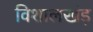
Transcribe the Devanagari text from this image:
विशालखंड़